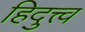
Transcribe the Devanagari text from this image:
हिदुत्त्व